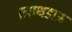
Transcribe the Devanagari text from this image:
।नाथड़ाऊ